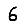
Digit: 6